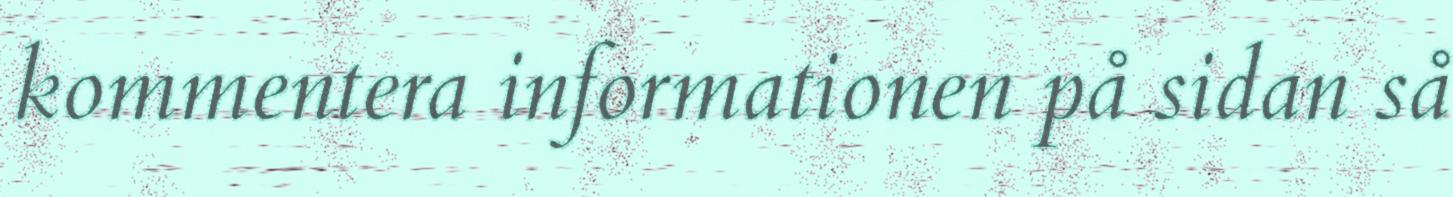
kommentera informationen på sidan så